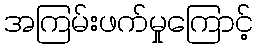
အကြမ်းဖက်မှုကြောင့်